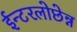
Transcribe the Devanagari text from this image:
ईन्टरलोछेन्न